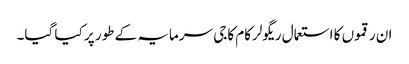
ان رقموں کا استعمال ریگولرکام کاجی سرمایہ کے طور پر کیا گیا۔